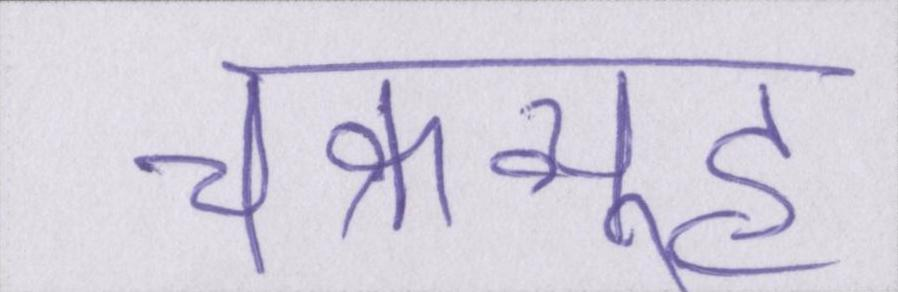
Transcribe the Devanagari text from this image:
चक्रव्यूह